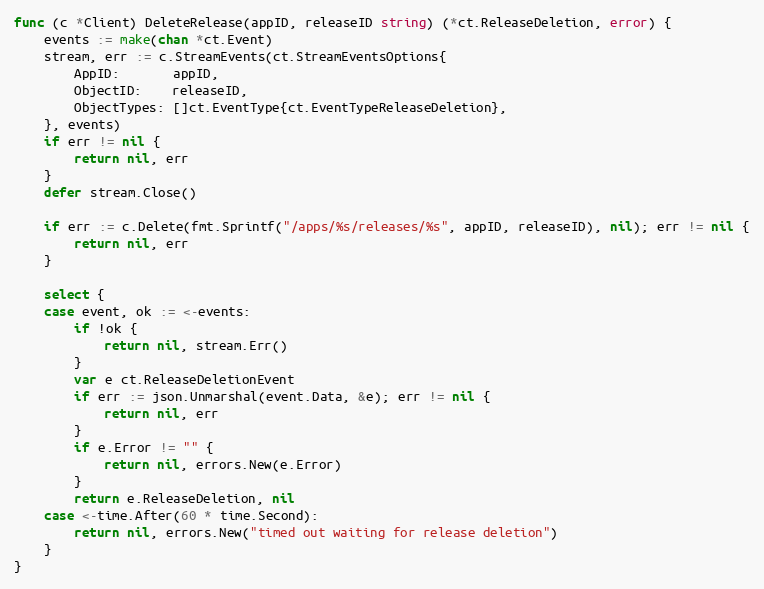
Language: Go
func (c *Client) DeleteRelease(appID, releaseID string) (*ct.ReleaseDeletion, error) {
	events := make(chan *ct.Event)
	stream, err := c.StreamEvents(ct.StreamEventsOptions{
		AppID:       appID,
		ObjectID:    releaseID,
		ObjectTypes: []ct.EventType{ct.EventTypeReleaseDeletion},
	}, events)
	if err != nil {
		return nil, err
	}
	defer stream.Close()

	if err := c.Delete(fmt.Sprintf("/apps/%s/releases/%s", appID, releaseID), nil); err != nil {
		return nil, err
	}

	select {
	case event, ok := <-events:
		if !ok {
			return nil, stream.Err()
		}
		var e ct.ReleaseDeletionEvent
		if err := json.Unmarshal(event.Data, &e); err != nil {
			return nil, err
		}
		if e.Error != "" {
			return nil, errors.New(e.Error)
		}
		return e.ReleaseDeletion, nil
	case <-time.After(60 * time.Second):
		return nil, errors.New("timed out waiting for release deletion")
	}
}